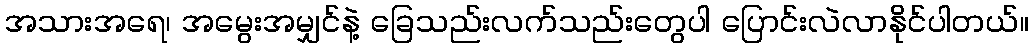
အသားအရေ၊ အမွေးအမျှင်နဲ့ ခြေသည်းလက်သည်းတွေပါ ပြောင်းလဲလာနိုင်ပါတယ်။